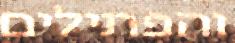
והפתילים